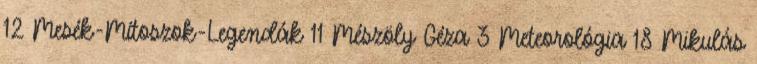
12 Mesék-Mítoszok-Legendák 11 Mészöly Géza 3 Meteorológia 18 Mikulás